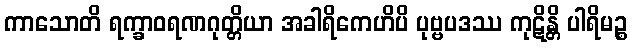
ကာသောတိ ရက္ခာဝရဏဂုတ္တိယာ အခါရိကေဟိပိ ပုဗ္ဗပဒဿ ကုဋိန္တိ ပါရိမဉ္စ